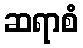
ဆရာစံ